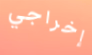
إخراجي